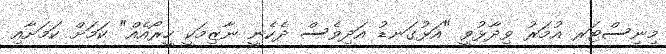
މިނިސްޓަރ އުމަރު ވިދާޅުވީ "އަޅުގަނޑު އަދިވެސް ދެކެނީ ނާޒިމަކީ ހީރޯއެއް" ކަމަށް ކަމަށާއި